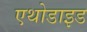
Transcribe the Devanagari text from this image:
एथोडाइड